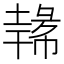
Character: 𪤐